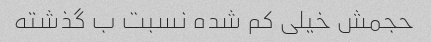
حجمش خیلی کم شده نسبت ب گذشته